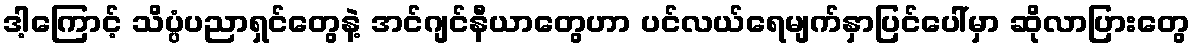
ဒါ့ကြောင့် သိပ္ပံပညာရှင်တွေနဲ့ အင်ဂျင်နီယာတွေဟာ ပင်လယ်ရေမျက်နှာပြင်ပေါ်မှာ ဆိုလာပြားတွေ